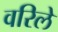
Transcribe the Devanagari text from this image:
वरिले